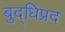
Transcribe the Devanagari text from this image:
बुद्धिप्रद